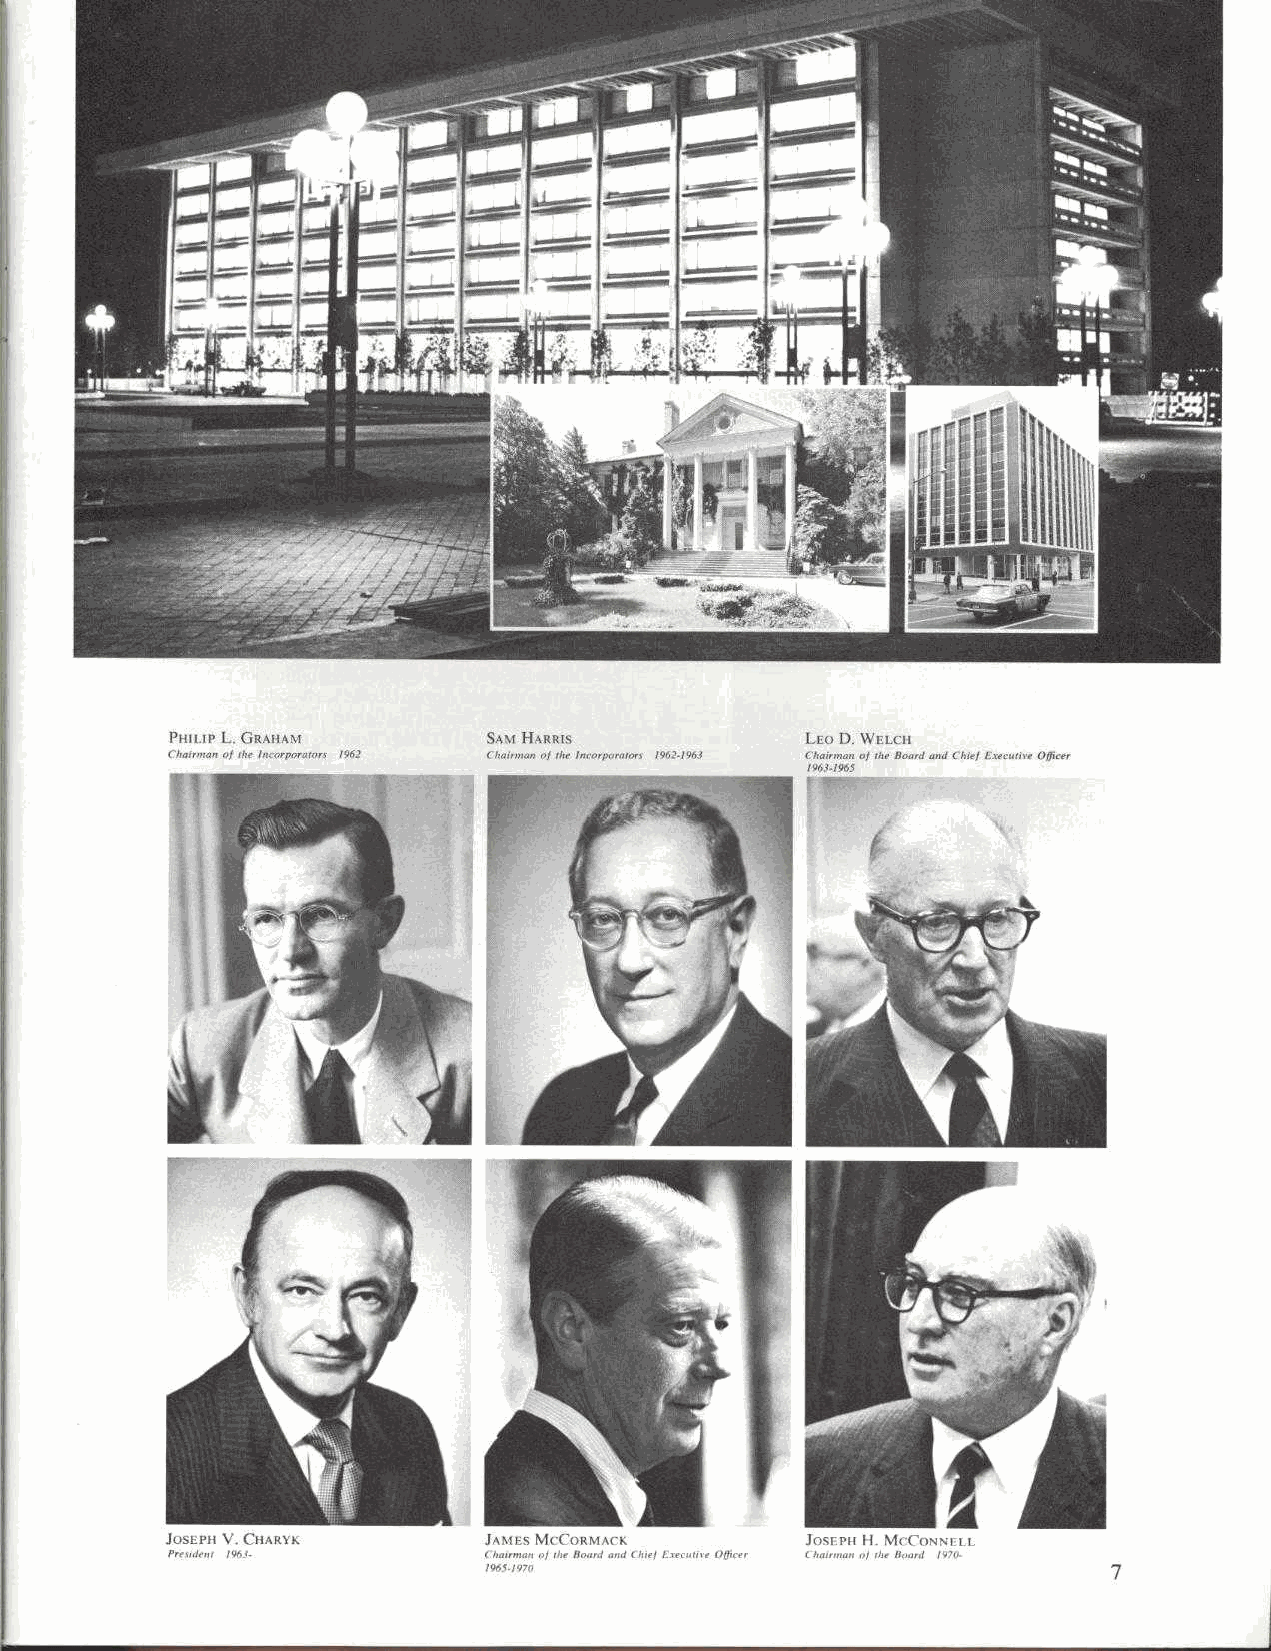
PHILIP L.CRAIIAM     SAM HARRIS           LEO D. WELCH
 Chatrm- of do, lncorporatar% 1962 ( ho.rntanof tilt Inrarporarort 1962-1961 Chairman a/ the Board and C7del Executive Officer
 1961-!965
 JOSEPH V. CHAR\K     JAMES MCCORMACK JOSEPH H. MCCONNELL
 Pre ^J. sir 9ni_ Chao,pna, of the Board and Chie! Executive Officer Chairman al theHoard 1970.
 19111 /V7n                                7